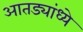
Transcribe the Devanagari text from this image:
आतड्यांध्ये